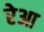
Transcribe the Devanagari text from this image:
रेआ